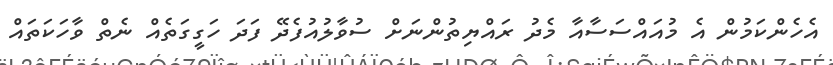
އެހެންކަމުން އެ މުއައްސަސާއާ މެދު ރައްޔިތުންނަށް ސުވާލުއުފެދޭ ފަދަ ހަގީގަތެއް ނެތް ވާހަކަތައް